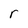
Character: r